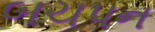
બચપન